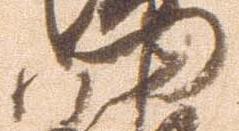
門